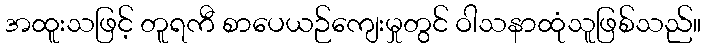
အထူးသဖြင့် တူရကီ စာပေယဉ်ကျေးမှုတွင် ဝါသနာထုံသူဖြစ်သည်။